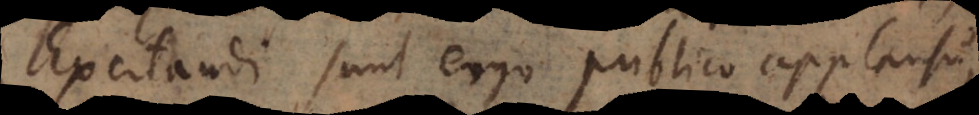
Excitandi sunt ergo publico applausu,